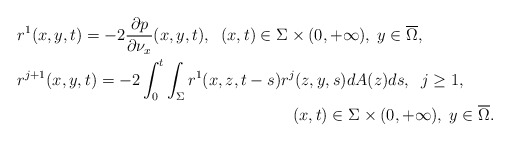
\begin{align*}&r^1(x,y,t)=-2\frac{\partial p}{\partial \nu _x}(x,y,t),\;\; (x,t)\in \Sigma \times (0,+\infty ),\; y\in \overline{\Omega},\\&r^{j+1}(x,y,t)=-2\int_0^t\int_\Sigma r^1(x,z,t-s)r^j(z,y,s)dA(z)ds,\;\; j\geq 1,\\&\hskip 7cm (x,t)\in \Sigma \times (0,+\infty ),\; y\in \overline{\Omega}.\end{align*}